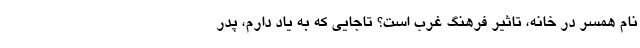
نام همسر در خانه، تاثیر فرهنگ غرب است؟ تاجایی که به یاد دارم، پدر